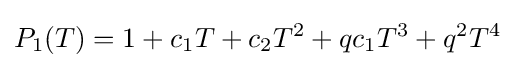
P_{1}(T)=1+c_{1}T+c_{2}T^{2}+qc_{1}T^{3}+q^{2}T^{4}